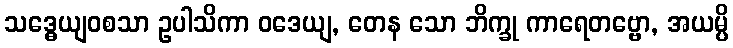
သဒ္ဓေယျဝစသာ ဥပါသိကာ ဝဒေယျ, တေန သော ဘိက္ခု ကာရေတဗ္ဗော, အယမ္ပိ